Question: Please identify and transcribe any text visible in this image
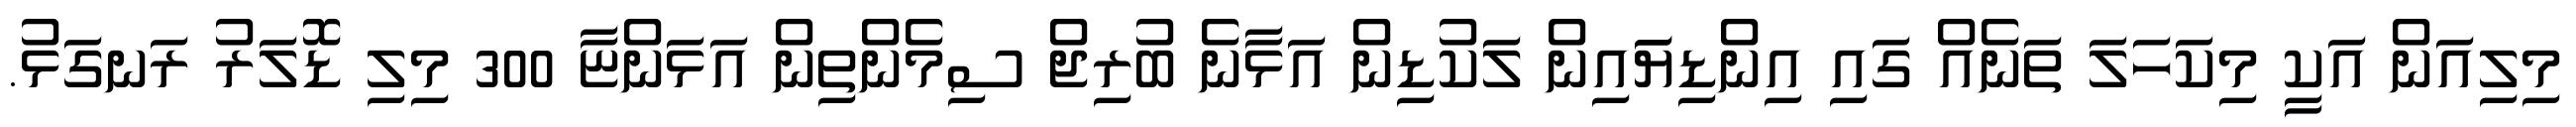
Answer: މިލިއަން އަކީ މިކަހަލަ ތަނެއް ގައި އިންޑިޔަައިން ލަކުޑިން އަޅާނެ ބުރިޖް ސިމެންތިން އަޅަންޏާ 300 މިލި ޑޮލަރު ރަނގަޅު.